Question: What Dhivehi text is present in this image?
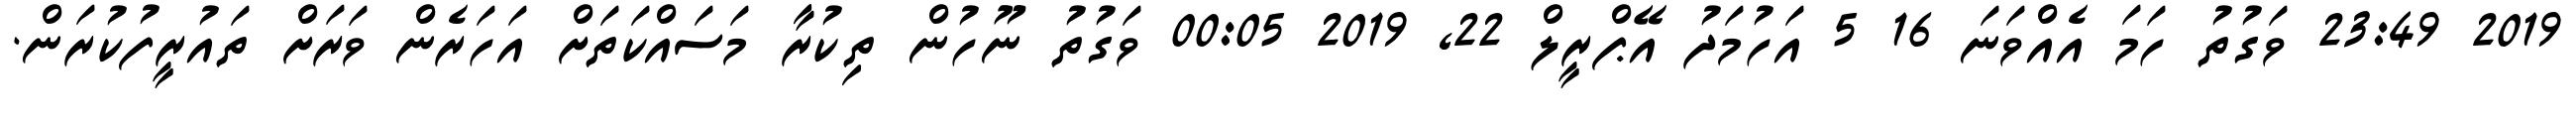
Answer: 2019 23:49 ވަގުތު ހަމަ އެއްވަނަ 16 5 އަހުމަދު އޭޕްރީލް 22, 2019 00:05 ވަގުތު ނޫހުން ތިކުރާ މަސައްކަތަށް އަހަރެން ވަރަށް ތައުރީފުކުރަން.